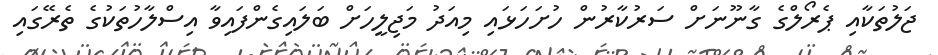
ޖަލުތަކާއި ޕެރޯލްގެ ގާނޫނަށް ސަރުކާރުން ހުށަހަޅައި މިއަދު މަޖިލީހަށް ބަލައިގެންފައިވާ އިސްލާހުތަކުގެ ތެރޭގައި